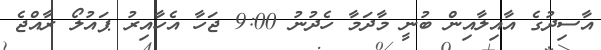
އާސިދުގެ އާއިލާއިން ބުނީ މާދަމާ ހެދުނު 9:00 ޖަހާ އެހާއިރު ޕައުލޯ ރާއްޖެ